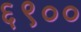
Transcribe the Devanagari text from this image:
६९००